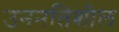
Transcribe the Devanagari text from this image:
उननतिशील